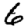
Digit: 6